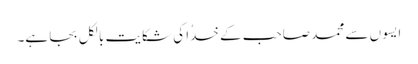
ایسوں سے محمد صاحب کے خدُا کی شکایت بالکل بجا ہے۔